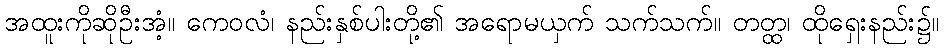
အထူးကိုဆိုဦးအံ့။ ကေဝလံ၊ နည်းနှစ်ပါးတို့၏ အရောမယှက် သက်သက်။ တတ္ထ၊ ထိုရှေးနည်း၌။